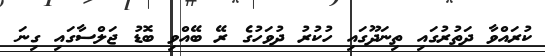
ކުރައްވާ ދަތުރުގައި ތިނަދޫގައި ހުކުރު ދުވަހުގެ ރޭ ބޭއްވި ބޮޑު ޖަލްސާގައި ގިނަ